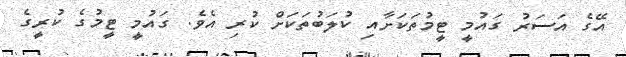
އޭގެ އަސަރު ގައުމީ ޓީމުތަކަށާއި ކުލަބުތަކަށް ކުރި އެވެ. ގައުމީ ޓީމުގެ ކުރީގެ